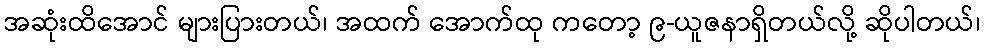
အဆုံးထိအောင် များပြားတယ်၊ အထက် အောက်ထု ကတော့ ၉-ယူဇနာရှိတယ်လို့ ဆိုပါတယ်၊